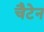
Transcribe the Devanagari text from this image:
चैटेन